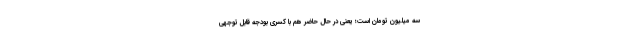
سه میلیون تومان است؛ یعنی در حال حاضر هم با کسری بودجه قابل توجهی